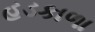
હડકાળા